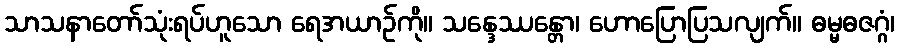
သာသနာတော်သုံးရပ်ဟူသော ရေအယာဉ်ကို။ သန္ဒေဿန္တော၊ ဟောပြောပြသလျက်။ ဓမ္မဓဇဂ္ဂံ၊